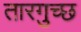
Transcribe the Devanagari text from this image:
तारगुच्छ